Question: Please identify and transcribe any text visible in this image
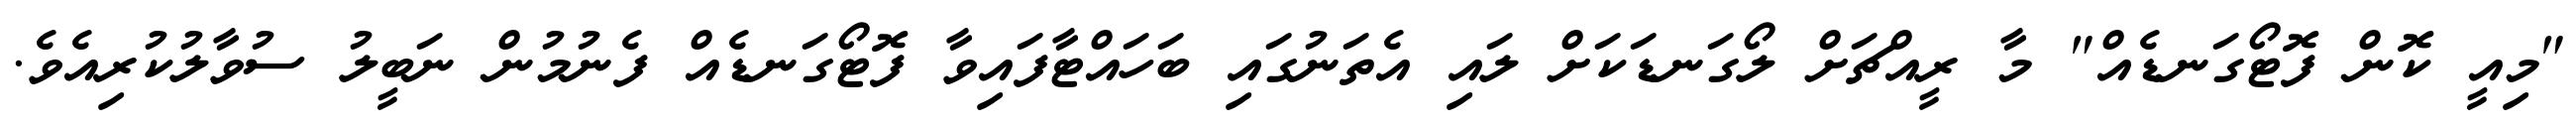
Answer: "މިއީ ކޮން ފޮޓޯގަނޑެއް" މާ ރީއްޗަށް ލޯގަނޑަކަށް ލައި އެތަނުގައި ބަހައްޓާފައިވާ ފޮޓޯގަނޑެއް ފެނުމުން ނަބީލު ސުވާލުކުރިއެވެ.